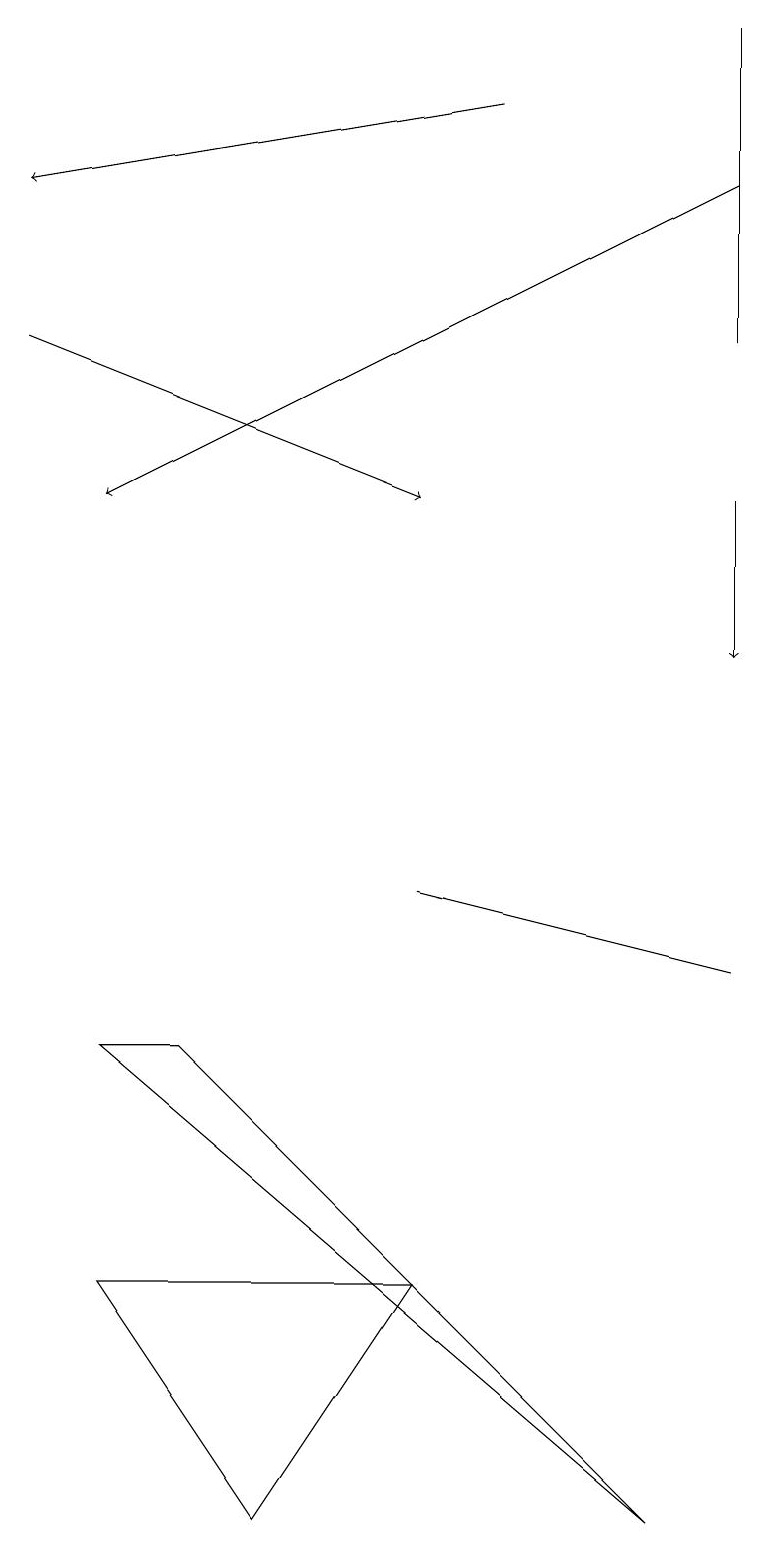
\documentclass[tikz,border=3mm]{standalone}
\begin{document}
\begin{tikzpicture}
\draw (9,15) rectangle (9,19);
\draw (1,3) -- (5,3) -- (3,0) -- cycle;
\draw[->] (6,18) -- (0,17);
\draw (8,0) -- (2,6) -- (1,6) -- cycle;
\draw[->] (9,17) -- (1,13);
\draw (9,7) -- (5,8) -- (9,7) -- cycle;
\draw[->] (9,13) -- (9,11);
\draw[->] (0,15) -- (5,13);
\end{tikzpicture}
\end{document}